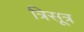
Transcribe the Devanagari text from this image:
त्रिसूत्र